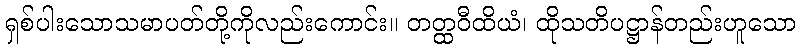
ရှစ်ပါးသောသမာပတ်တို့ကိုလည်းကောင်း။ တတ္ထဝီထိယံ၊ ထိုသတိပဋ္ဌာန်တည်းဟူသော